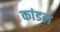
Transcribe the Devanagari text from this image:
कांडल